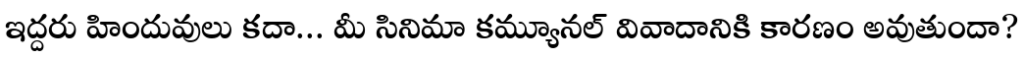
ఇద్దరు హిందువులు కదా... మీ సినిమా కమ్యూనల్ వివాదానికి కారణం అవుతుందా?